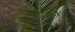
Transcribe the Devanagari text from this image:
त्रिभुवनगिरी